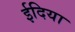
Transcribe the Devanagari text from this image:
ईदिया